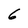
Character: 6